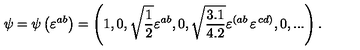
\psi = \psi \left( \varepsilon ^ { a b } \right) = \left( 1 , 0 , \sqrt { { \frac { 1 } { 2 } } } \varepsilon ^ { a b } , 0 , \sqrt { { \frac { 3 . 1 } { 4 . 2 } } } \varepsilon ^ { \left( a b \right. } \varepsilon ^ { \left. c d \right) } , 0 , . . . \right) .